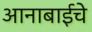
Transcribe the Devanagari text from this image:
आनाबाईचे